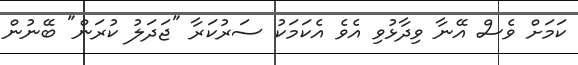
ކަމަށް ވެސް އޭނާ ވިދާޅުވި އެވެ އެކަމަކު ސަރުކަރާ "ޖަދަލު ކުރަން" ބޭނުން